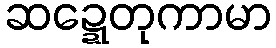
ဆဍ္ဍေတုကာမာ